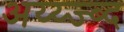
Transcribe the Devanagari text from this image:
अय्य्ज्ब्द